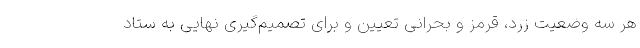
هر سه وضعیت زرد، قرمز و بحرانی تعیین و برای تصمیم‌گیری نهایی به ستاد